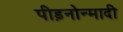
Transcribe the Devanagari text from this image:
पीड़नोन्मादी